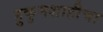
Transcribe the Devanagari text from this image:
हुकुमशाहीचा